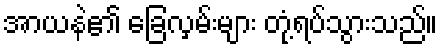
အာယနဲ၏ ခြေလှမ်းများ တုံ့ရပ်သွားသည်။